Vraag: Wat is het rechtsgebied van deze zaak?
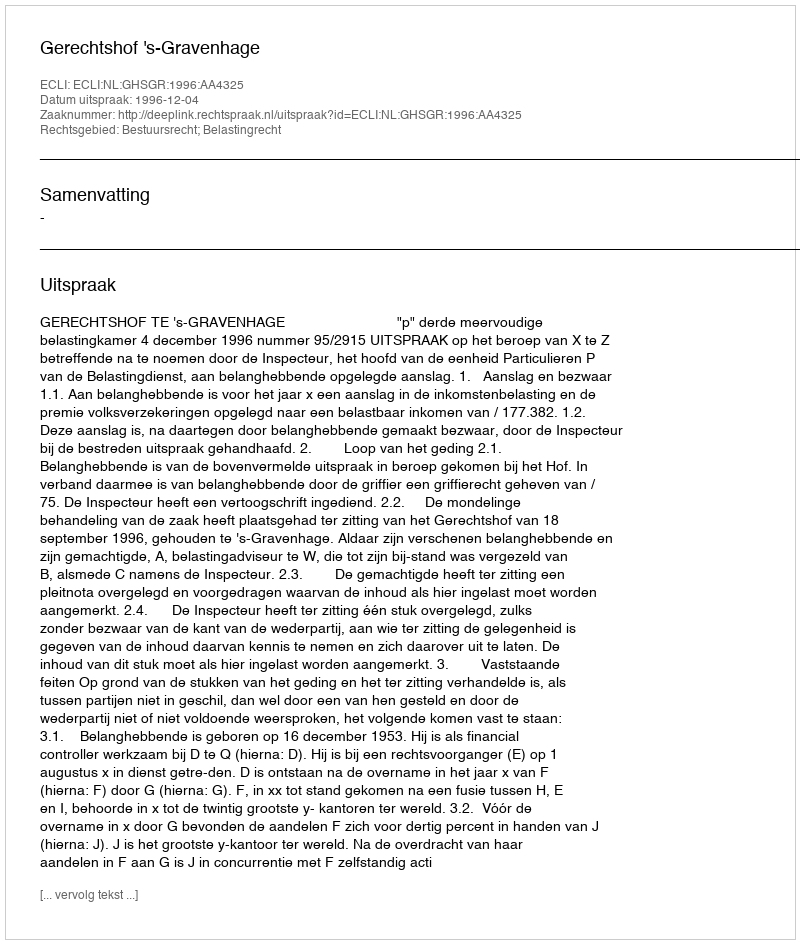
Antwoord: Bestuursrecht; Belastingrecht